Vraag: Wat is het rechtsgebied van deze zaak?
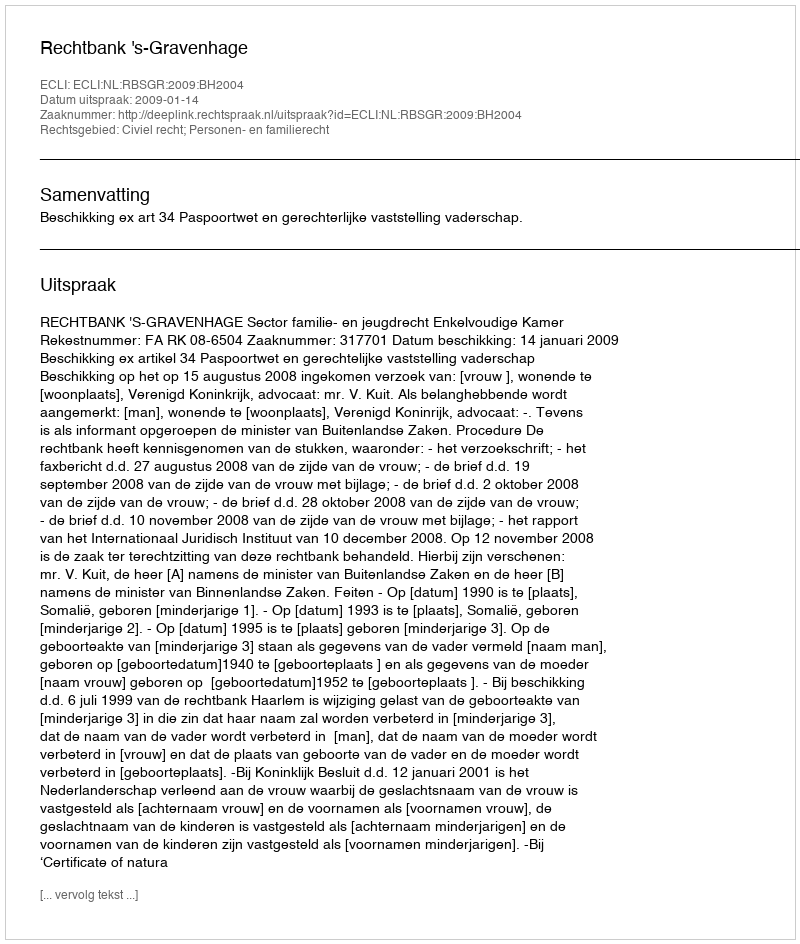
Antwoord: Civiel recht; Personen- en familierecht